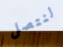
لنتصل